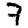
Digit: 7